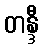
တန္ဒီ